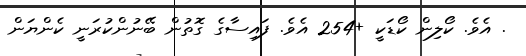
. އެވެ. ކޯލިން ކޯޑަކީ +254 އެވެ. ފައިސާގެ ގޮތުން ބޭނުންކުރަނީ ކެންޔަން